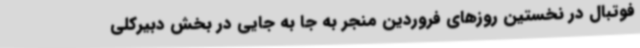
فوتبال در نخستین روزهای فروردین منجر به جا به جایی در بخش دبیرکلی